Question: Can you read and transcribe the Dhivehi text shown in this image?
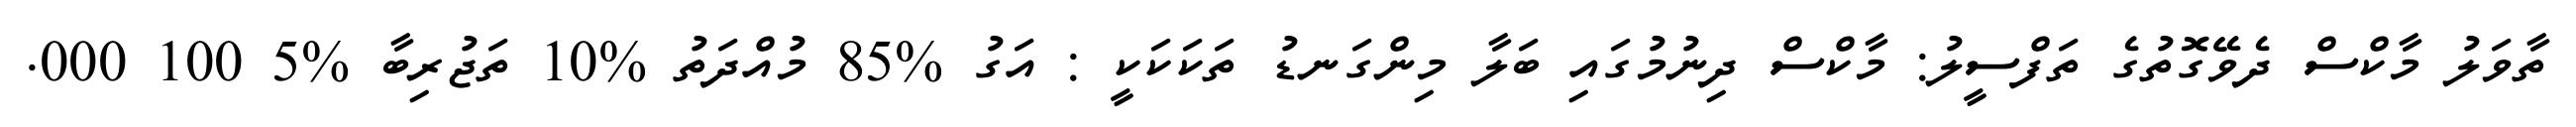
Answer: ތާވަލު މާކްސް ދެވޭގޮތުގެ ތަފްސީލު: މާކްސް ދިނުމުގައި ބަލާ މިންގަނޑު ތަކަކަކީ : އަގު %85 މުއްދަތު %10 ތަޖުރިބާ %5 100 000.